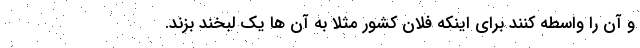
و آن را واسطه کنند برای اینکه فلان کشور مثلاً به آن ها یک لبخند بزند.